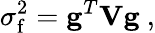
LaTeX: \sigma_{\mathrm{f}}^{2}=\mathbf{g}^{T}\mathbf{V}\mathbf{g}\ ,